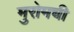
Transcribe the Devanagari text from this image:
मुरोमची